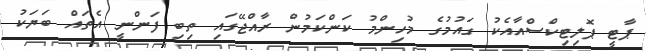
ޕާޓީ ޕޮލިޓިކްސްއާއެކު ގައުމުގެ މުހިންމު ކަންކަމުން ރާއްޖޭގައި ތިބި ފަންނީ އެތައް ބަޔަކު